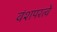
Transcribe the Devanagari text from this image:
वंशपरत्वे